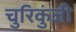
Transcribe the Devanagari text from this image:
चुरिकुंजी